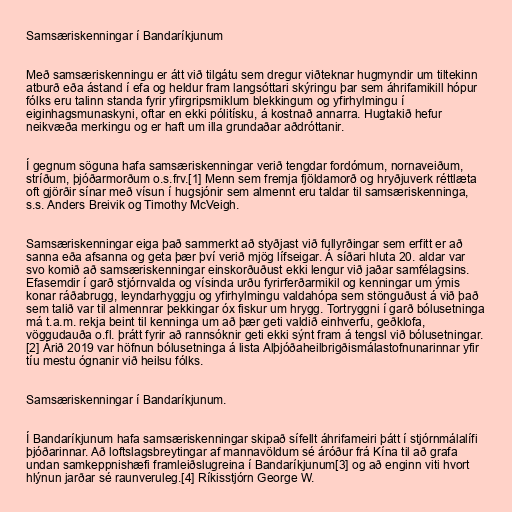
Samsæriskenningar í Bandaríkjunum

Með samsæriskenningu er átt við tilgátu sem dregur viðteknar hugmyndir um tiltekinn
atburð eða ástand í efa og heldur fram langsóttari skýringu þar sem áhrifamikill hópur
fólks eru talinn standa fyrir yfirgripsmiklum blekkingum og yfirhylmingu í
eiginhagsmunaskyni, oftar en ekki pólitísku, á kostnað annarra. Hugtakið hefur
neikvæða merkingu og er haft um illa grundaðar aðdróttanir.

Í gegnum söguna hafa samsæriskenningar verið tengdar fordómum, nornaveiðum,
stríðum, þjóðarmorðum o.s.frv.[1] Menn sem fremja fjöldamorð og hryðjuverk réttlæta
oft gjörðir sínar með vísun í hugsjónir sem almennt eru taldar til samsæriskenninga,
s.s. Anders Breivik og Timothy McVeigh.

Samsæriskenningar eiga það sammerkt að styðjast við fullyrðingar sem erfitt er að
sanna eða afsanna og geta þær því verið mjög lífseigar. Á síðari hluta 20. aldar var
svo komið að samsæriskenningar einskorðuðust ekki lengur við jaðar samfélagsins.
Efasemdir í garð stjórnvalda og vísinda urðu fyrirferðarmikil og kenningar um ýmis
konar ráðabrugg, leyndarhyggju og yfirhylmingu valdahópa sem stönguðust á við það
sem talið var til almennrar þekkingar óx fiskur um hrygg. Tortryggni í garð bólusetninga
má t.a.m. rekja beint til kenninga um að þær geti valdið einhverfu, geðklofa,
vöggudauða o.fl. þrátt fyrir að rannsóknir geti ekki sýnt fram á tengsl við bólusetningar.
[2] Árið 2019 var höfnun bólusetninga á lista Alþjóðaheilbrigðismálastofnunarinnar yfir
tíu mestu ógnanir við heilsu fólks.

Samsæriskenningar í Bandaríkjunum.

Í Bandaríkjunum hafa samsæriskenningar skipað sífellt áhrifameiri þátt í stjórnmálalífi
þjóðarinnar. Að loftslagsbreytingar af mannavöldum sé áróður frá Kína til að grafa
undan samkeppnishæfi framleiðslugreina í Bandaríkjunum[3] og að enginn viti hvort
hlýnun jarðar sé raunveruleg.[4] Ríkisstjórn George W.